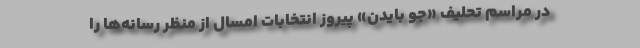
در مراسم تحلیف «جو بایدن» پیروز انتخابات امسال از منظر رسانه‌ها را